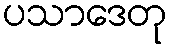
ပသာဒေတု